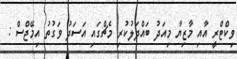
ވިކްޓްރީ އާއި މާޒިޔާ މިއަދު ބައްދަލުކުރި މެޗްގައި އަސަދު ވަގުތު އިމޭޖްސް :